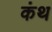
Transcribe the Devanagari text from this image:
कंथ